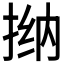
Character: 𫽀